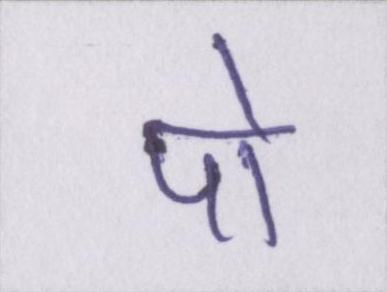
पो